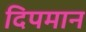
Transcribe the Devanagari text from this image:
दिपमान